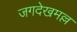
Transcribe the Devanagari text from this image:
जगदेखमल्ल